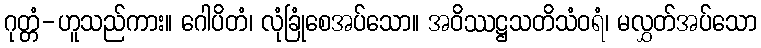
ဂုတ္တံ-ဟူသည်ကား။ ဂေါပိတံ၊ လုံခြုံစေအပ်သော။ အဝိဿဋ္ဌသတိသံဝရံ၊ မလွှတ်အပ်သော